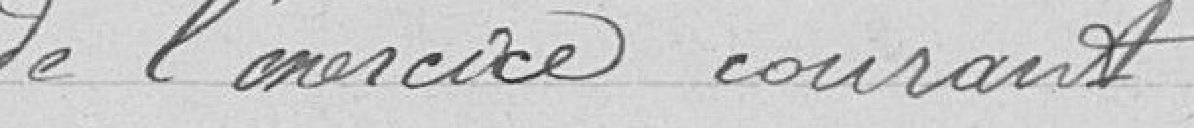
de l'exercice courant.